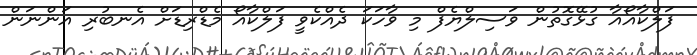
ފަލްކާއޯއާ ގުޅޭގޮތުން ވަސިލްޔެފް މި ވާހަކަ ދެއްކެވީ ފަލްކާއޯ މެޑްރިޑަށް އެނބުރި އަންނަން